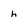
Character: h